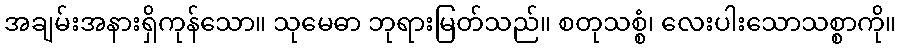
အချမ်းအနားရှိကုန်သော။ သုမေဓာ ဘုရားမြတ်သည်။ စတုသစ္စံ၊ လေးပါးသောသစ္စာကို။